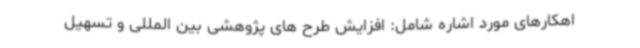
اهکارهای مورد اشاره شامل: افزایش طرح های پژوهشی بین المللی و تسهیل